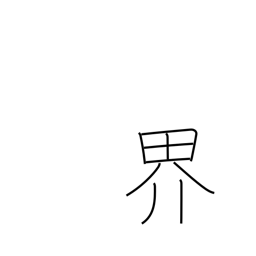
Meaning: boundary